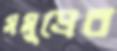
সমুদ্রের